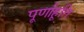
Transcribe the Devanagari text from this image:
पूर्णाहूति